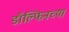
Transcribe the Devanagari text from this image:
डॉल्फिनच्या